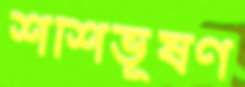
শশিভূষণ